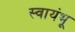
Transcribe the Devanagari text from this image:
स्वायंभू